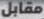
مقابل